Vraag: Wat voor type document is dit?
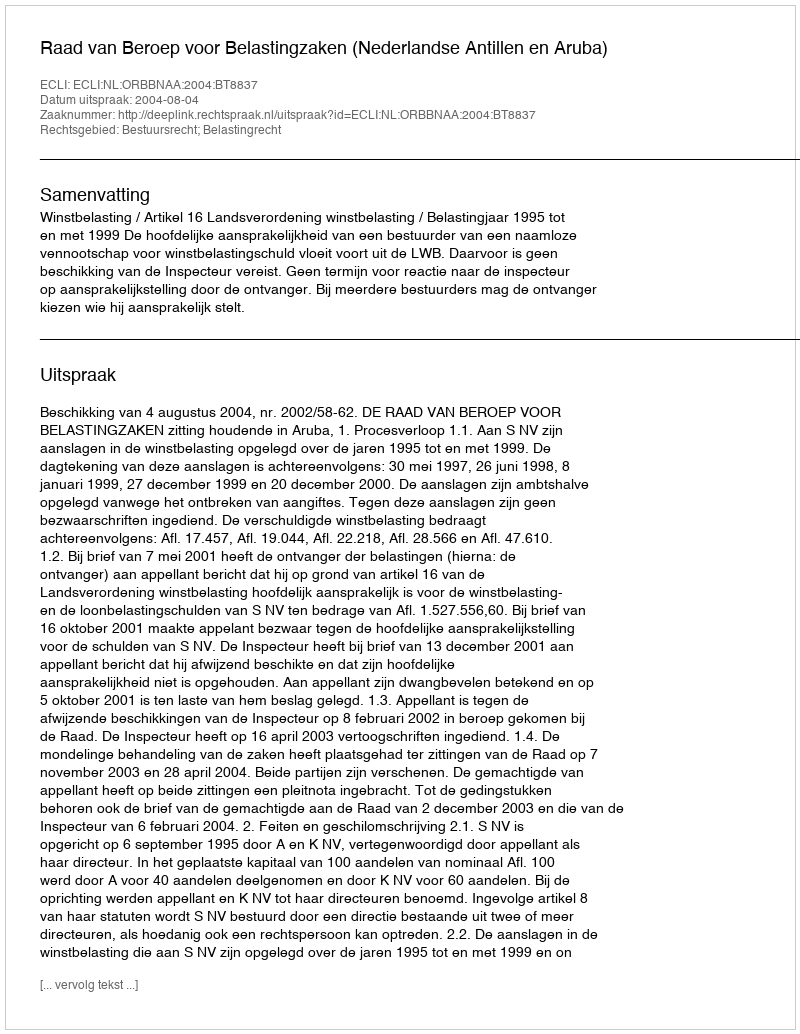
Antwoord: Uitspraak